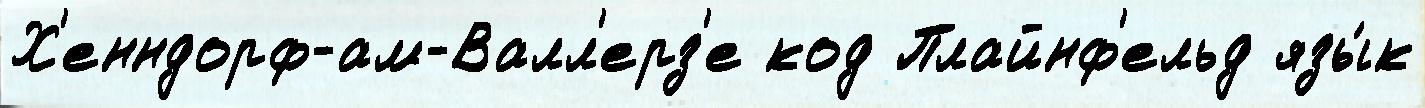
Х'енндорф-ам-Валл'ерз'е код Плайнф'ельд язы́к